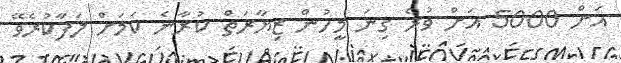
އަށް 5000 އަށް ވުރެ ގިނަ މީހުން ޒިޔާރަތް ކުރާނެ ކަމަށް ލަފާކުރެވޭ